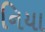
નિયા